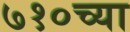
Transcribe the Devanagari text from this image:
७१०च्या